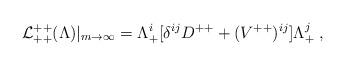
LaTeX: \begin{align*}{\cal L}^{++}_{++}(\Lambda)|_{m\rightarrow\infty} = \Lambda^i_+[\delta^{ij}D^{++} +({V}^{++})^{ij}] \Lambda^j_+\; ,\end{align*}